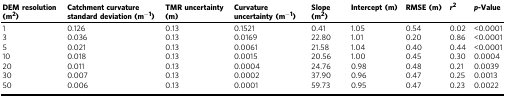
<table><thead><tr><td><b>DEM resolution (m<sup>2</sup>)</b></td><td><b>Catchment curvature standard deviation (m<sup>−1</sup>)</b></td><td><b>TMR uncertainty (m)</b></td><td><b>Curvature uncertainty (m<sup>−1</sup>)</b></td><td><b>Slope (m<sup>2</sup>)</b></td><td><b>Intercept (m)</b></td><td><b>RMSE (m)</b></td><td><b><i>r</i><sup>2</sup></b></td><td><b><i>p</i>-Value</b></td></tr></thead><tbody><tr><td>1</td><td>0.126</td><td>0.13</td><td>0.1521</td><td>0.41</td><td>1.05</td><td>0.54</td><td>0.02</td><td>&lt;0.0001</td></tr><tr><td>3</td><td>0.036</td><td>0.13</td><td>0.0169</td><td>22.80</td><td>1.01</td><td>0.20</td><td>0.86</td><td>&lt;0.0001</td></tr><tr><td>5</td><td>0.021</td><td>0.13</td><td>0.0061</td><td>21.58</td><td>1.04</td><td>0.40</td><td>0.44</td><td>&lt;0.0001</td></tr><tr><td>10</td><td>0.018</td><td>0.13</td><td>0.0015</td><td>20.56</td><td>1.00</td><td>0.45</td><td>0.30</td><td>0.0004</td></tr><tr><td>20</td><td>0.011</td><td>0.13</td><td>0.0004</td><td>24.76</td><td>0.98</td><td>0.48</td><td>0.21</td><td>0.0039</td></tr><tr><td>30</td><td>0.007</td><td>0.13</td><td>0.0002</td><td>37.90</td><td>0.96</td><td>0.47</td><td>0.25</td><td>0.0013</td></tr><tr><td>50</td><td>0.006</td><td>0.13</td><td>0.0001</td><td>59.73</td><td>0.95</td><td>0.47</td><td>0.23</td><td>0.0022</td></tr></tbody></table>